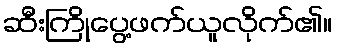
ဆီးကြိုပွေ့ဖက်ယူလိုက်၏။